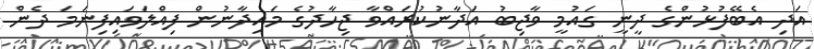
އަދި އެބޭފުޅުންގެ ދީނީ ގައުމީ ވާޖިބު އަދާނުކުރައްވާ ޖިހާދުގެ މައިދާނުން ފިއްލަވައިފިނަމަ ދެން